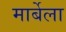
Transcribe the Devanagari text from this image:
मार्बेला